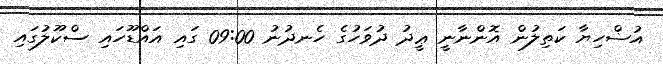
އުޟްހިޔާ ކަތިލުން އޮންނާނީ ޢީދު ދުވަހުގެ ހެނދުނު 09:00 ގައި އައްޑޫހައި ސްކޫލުގައި